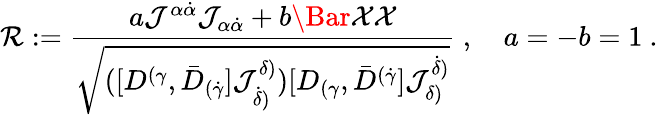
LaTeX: {\cal R}:=\frac{a{\mathcal J}^{\alpha\dot{\alpha}}{\mathcal J}_{\alpha\dot{\alpha}}+b\Bar{\mathcal{X}}\mathcal{X}}{\sqrt{([D^{(\gamma},\bar{D}_{(\dot{\gamma}}]{\mathcal J}^{\delta)}_{\dot{\delta})})[D_{(\gamma},\bar{D}^{(\dot{\gamma}}]{\mathcal J}_{\delta)}^{\dot{\delta})}}}~,\quad a=-b=1~.